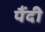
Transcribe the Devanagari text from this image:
पैंदी